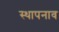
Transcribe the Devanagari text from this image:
स्थापनाव